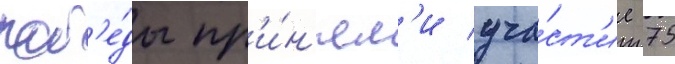
поб'е́ды пр'и́н'ял'и уча́ст'ие 75